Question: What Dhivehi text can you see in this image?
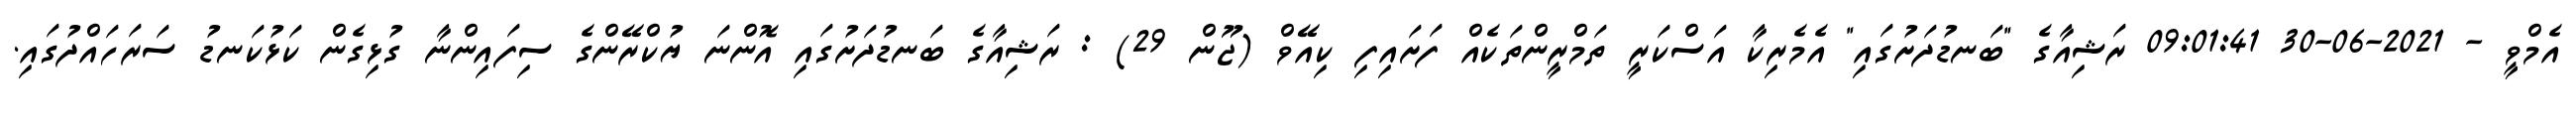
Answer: އެމްވީ - 2021-06-30 09:01:41 ރަޝިއާގެ "ބަނޑުދަށުގައި" އެމެރިކާ އަސްކަރީ ތަމްރީންތަކެއް ފަށައިފި ކިއޭވް (ޖޫން 29) : ރަޝިއާގެ ބަނޑުދަށުގައި އޮންނަ ޔުކްރޭންގެ ސިފައިންނާ ގުޅިގެން ކަޅުކަނޑު ސަރަހައްދުގައި.